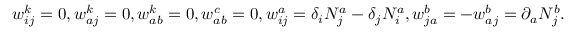
w _ { i j } ^ { k } = 0 , w _ { a j } ^ { k } = 0 , w _ { a b } ^ { k } = 0 , w _ { a b } ^ { c } = 0 , w _ { i j } ^ { a } = \delta _ { i } N _ { j } ^ { a } - \delta _ { j } N _ { i } ^ { a } , w _ { j a } ^ { b } = - w _ { a j } ^ { b } = \partial _ { a } N _ { j } ^ { b } .